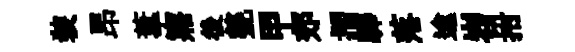
装昂葦寤後甆甲郊摺驊落逾岧拊